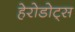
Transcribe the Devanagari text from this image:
हेरोडोट्स